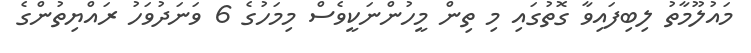
މައުލޫމާތު ލިބިފައިވާ ގޮތުގައި މި ތިން މީހުންނަކީވެސް މިމަހުގެ 6 ވަނަދުވަހު ރައްޔިތުންގެ